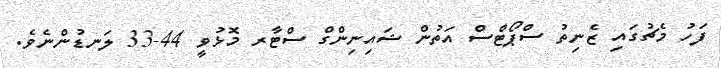
ފަހު މެޗުގައި ޒެނިތު ސްޕޯޓްސް އަތުން ޝައިނިންގް ސްޓާރ މޮޅުވީ 44-33 ލަނޑުންނެވެ.